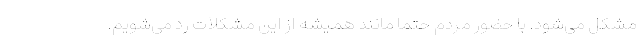
مشکل می‌شود. با حضور مردم حتما مانند همیشه از این مشکلات رد می‌شویم.